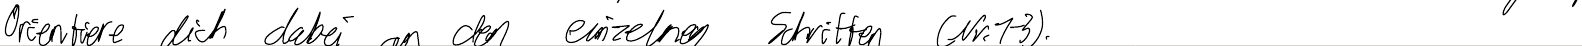
Orientiere dich dabei an den einzelnen Schritten (Nr.1-3).